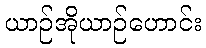
ယာဉ်အိုယာဉ်ဟောင်း